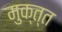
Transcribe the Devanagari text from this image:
मुक्त्त